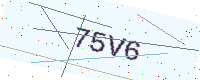
Text: 75V6